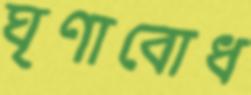
ঘৃণাবোধ